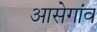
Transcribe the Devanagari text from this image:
आसेगांव